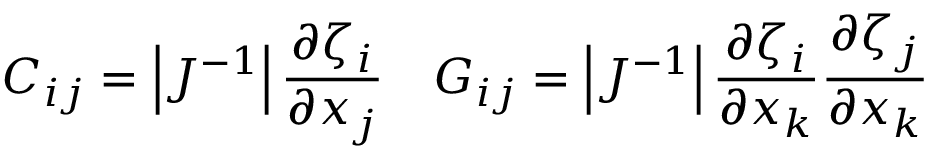
C _ { i j } = \left| J ^ { - 1 } \right| \frac { \partial \zeta _ { i } } { \partial x _ { j } } \quad G _ { i j } = \left| J ^ { - 1 } \right| \frac { \partial \zeta _ { i } } { \partial x _ { k } } \frac { \partial \zeta _ { j } } { \partial x _ { k } }